Lunatic asylums in Bengal annual reports 1888-1898 - 1888-1898
Year: 1888
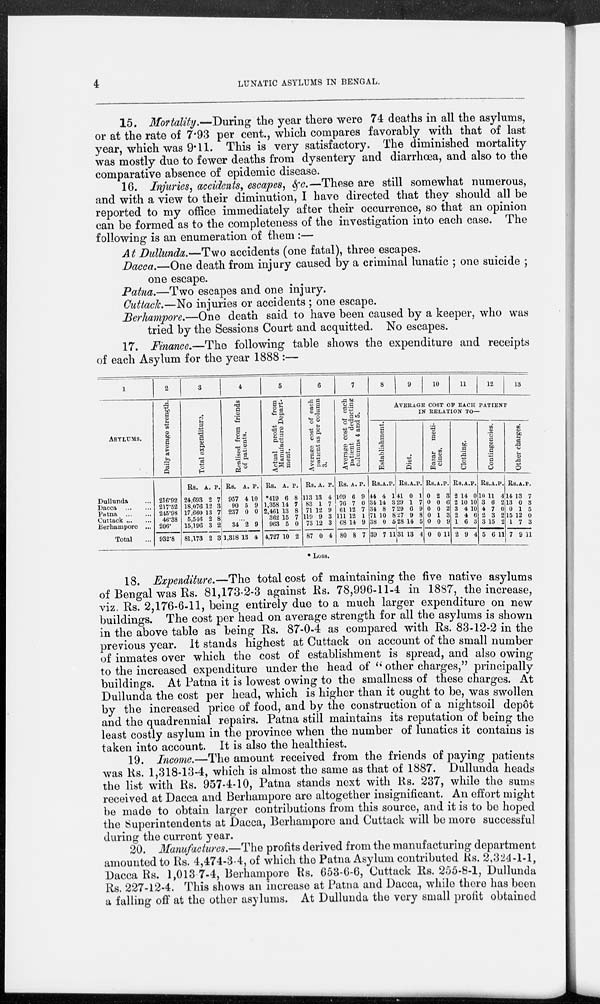
4
LUNATIC ASYLUMS IN BENGAL.
15. Mortality.—During the year there were 74 deaths in all the asylums,
or at the rate of 7.93 per cent., which compares favorably with that of last
year, which was 9.11. This is very satisfactory. The diminished mortality
was mostly due to fewer deaths from dysentery and diarrhœa, and also to the
comparative absence of epidemic disease.
16. Injuries, accidents, escapes, &c.—These are still somewhat numerous,
and with a view to their diminution, I have directed that they should all be
reported to my office immediately after their occurrence, so that an opinion
can be formed as to the completeness of the investigation into each case. The
following is an enumeration of them :—
At Dullunda.—Two accidents (one fatal), three escapes.
Dacca.—One death from injury caused by a criminal lunatic ; one suicide ;
one escape.
Patna.—Two escapes and one injury.
Cuttack.—No injuries or accidents ; one escape.
Berhampore.—One death said to have been caused by a keeper, who was
tried by the Sessions Court and acquitted. No escapes.
17. Finance.—The following table shows the expenditure and receipts
of each Asylum for the year 1888 :—
1
ASYLUMS.
Dullunda ...
Dacca
...
...
Patna ... ...
Cuttack ... ...
Berhampore ...
Total
2
Daily average strength.
216.92
217.52
245.93
46.38
206.
932.8
3
Total expenditure.
Rs.
24,693
18,076
17,660
5,546
15,196
81,173
A.
2
12
13
2
3
2
P.
7
3
7
8
2
3
4
Realised from friends
of patients.
Rs.
957
90
237
A.
4
5
0
P.
10
9
0
...
34
1,318
2
13
9
4
5
Actual profit from
Manufacture Depart-
ment.
Rs.
*419
1,358
2,461
362
963
4,727
A.
6
14
13
15
5
10
P.
8
7
8
7
0
2
6
Average cost of each
patient as per column
3.
Rs
113
83
71
119 73
87
A
13
1
12
9
12
0
P.
4
7
9
3
3
4
7
Average cost of each
patient
deducting
columns 4 and 5.
Rs.
109
76
61
111
68
80
A
6
7
12
12
14
8
P.
9
0
7
1
9
7
8
9
10
11
12
13
AVERAGE COST OF EACH PATIENT
IN RELATION TO—
Establishment.
Rs.
44
34
34
71
38
39
A.
4
14
8
10
0
7
P.
1
3
7
8
5
11
Diet.
Rs.
41
29
29
27
28
31
A
0
1
6
9
14
13
P.
1
7
9
8
5
4
Bazar medi-
cines.
Rs.
0
0
0
0
0
0
A.
2
0
0
1
0
0
P.
3
6
2
3
9
11
Clothing.
Rs.
2
2
3
2
1
2
A.
14
10
4
4
6
9
P.
0
10
10
6
3
4
Contingencies.
Rs.
10
3
4
2
3
5
A.
11
6
7
3
15
6
P.
4
2
0
2
2
11
Other charges.
Rs.
14
13
0
15
1
7
A.
13
0
1
12
7
9
P.
7
3
5
0
3
11
* Loss.
18. Expenditure.—The total cost of maintaining the five native asylums
of Bengal was Rs. 81,173-2-3 against Rs. 78,996-11-4 in 1887, the increase,
viz. Rs. 2,176-6-11, being entirely due to a much larger expenditure on new
buildings. The cost per head on average strength for all the asylums is shown
in the above table as being Rs. 87-0-4 as compared with Rs. 83-12-2 in the
previous year. It stands highest at Cuttack on account of the small number
of inmates over which the cost of establishment is spread, and also owing
to the increased expenditure under the head of " other charges," principally
buildings. At Patna it is lowest owing to the smallness of these charges. At
Dullunda the cost per head, which is higher than it ought to be, was swollen
by the increased price of food, and by the construction of a nightsoil depôt
and the quadrennial repairs. Patna still maintains its reputation of being the
least costly asylum in the province when the number of lunatics it contains is
taken into account. It is also the healthiest.
19. Income.—The amount received from the friends of paying patients
was Rs. 1,318-13-4, which is almost the same as that of 1887. Dullunda heads
the list with Rs. 957-4-10, Patna stands next with Rs. 237, while the sums
received at Dacca and Berhampore are altogether insignificant. An effort might
be made to obtain larger contributions from this source, and it is to be hoped
the Superintendents at Dacca, Berhampore and Cuttack will be more successful
during the current year.
20. Manufactures.—The profits derived from the manufacturing department
amounted to Rs. 4,474-3-4, of which the Patna Asylum contributed Rs. 2,324-1-1,
Dacca Rs. 1,013 7-4, Berhampore Rs. 653-6-6, Cuttack Rs. 255-8-1, Dullunda
Rs. 227-12-4. This shows an increase at Patna and Dacca, while there has been
a falling off at the other asylums. At Dullunda the very small profit obtained